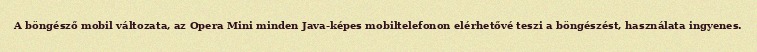
A böngésző mobil változata, az Opera Mini minden Java-képes mobiltelefonon elérhetővé teszi a böngészést, használata ingyenes.